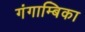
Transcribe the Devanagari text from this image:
गंगाम्बिका